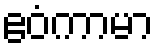
ဧဝံကာမာ